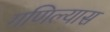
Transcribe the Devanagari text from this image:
गणिल्यास